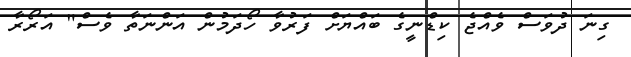
ގިނަ ދުވަސް ވެއްޖެ ކިޑްނީގެ ބައްޔަށް ފަރުވާ ހޯދަމުން އަންނަތާ ވެސް" އަރޯރާ